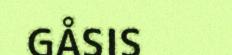
GÅSIS